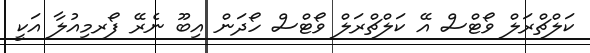
ކަލްޗްރަލް ވޯޓްސް އޭ ކަލްޗްރަލް ވޯޓްސް ހޯދަން އިބޫ ނެރޭ ފޯރމިއުލާ އަކީ